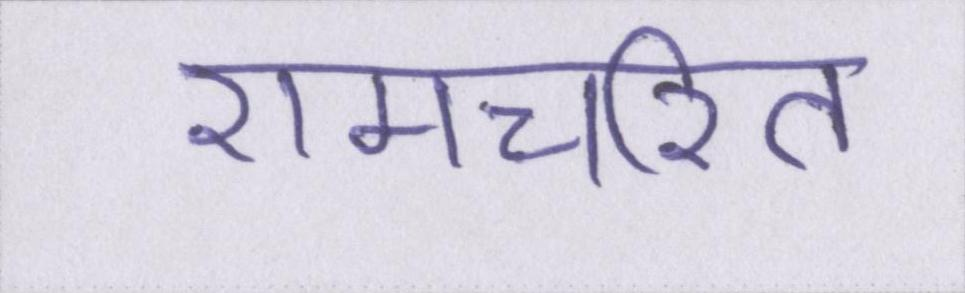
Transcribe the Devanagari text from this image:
रामचरित